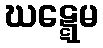
ဃဋ္ဋေမ